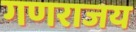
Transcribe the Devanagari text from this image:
गणराजय